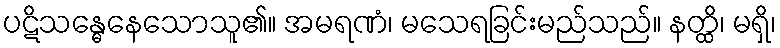
ပဋိသန္ဓေနေသောသူ၏။ အမရဏံ၊ မသေရခြင်းမည်သည်။ နတ္ထိ၊ မရှိ၊